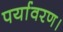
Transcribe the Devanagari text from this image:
पर्यावरण।